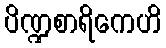
ပိဏ္ဍစာရိကေဟိ